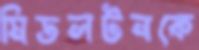
মিডলটনকে